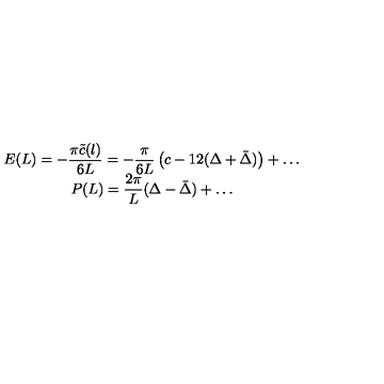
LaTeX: \begin{array} { c } { \displaystyle E ( L ) = - \displaystyle \frac { \pi \tilde { c } ( l ) } { 6 L } = - \displaystyle \frac { \pi } { 6 L } \left( c - 1 2 ( \Delta + \bar { \Delta } ) \right) + \ldots } \\ { P ( L ) = \displaystyle \frac { 2 \pi } { L } ( \Delta - \bar { \Delta } ) + \ldots } \\ \end{array}